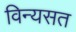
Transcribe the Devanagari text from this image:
विन्यसत